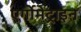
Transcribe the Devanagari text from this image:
एर्गोमेट्राइन